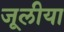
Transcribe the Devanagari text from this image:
जूलीया